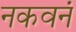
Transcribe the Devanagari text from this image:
नकवनं